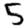
Digit: 5